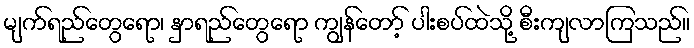
မျက်ရည်တွေရော၊ နှာရည်တွေရော ကျွန်တော့် ပါးစပ်ထဲသို့ စီးကျလာကြသည်။